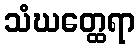
သံဃတ္ထေရာ